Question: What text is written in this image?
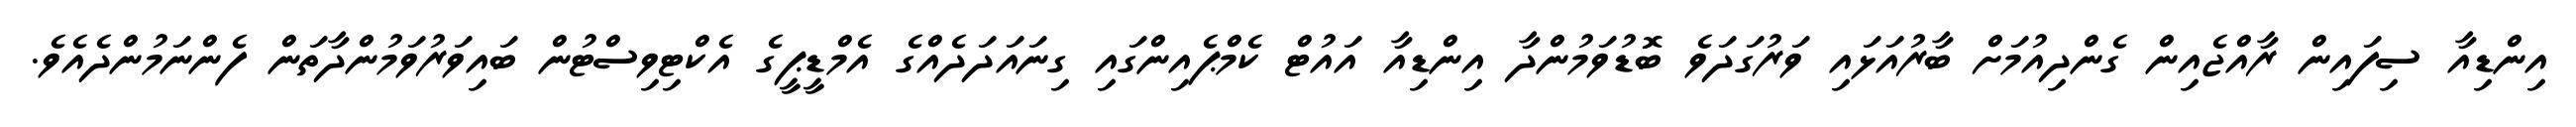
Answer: އިންޑިއާ ސިފައިން ރާއްޖެއިން ގެންދިއުމަށް ބާރުއަޅައި ވަރުގަދަވެ ބޮޑުވަމުންދާ އިންޑިއާ އައުޓް ކެމްޕެއިންގައި ގިނައަދަދެއްގެ އެމްޑީޕީގެ އެކްޓިވިސްޓުން ބައިވަރުވަމުންދާތަން ފެންނަމުންދެއެވެ.